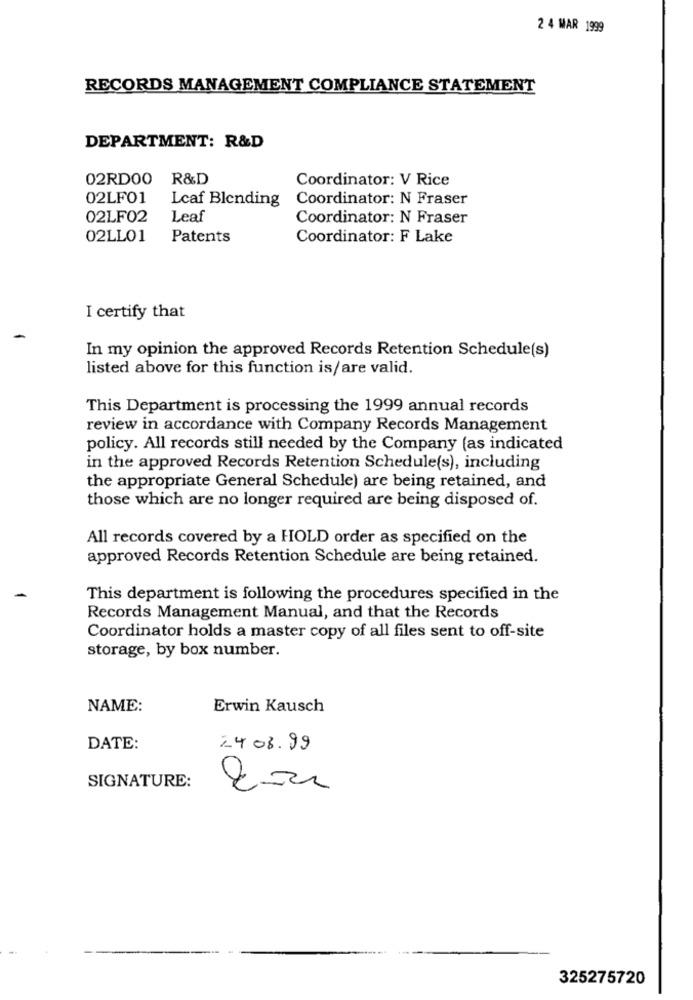
2 4 MAR 1999
RECORDS MANAGEMENT COMPLIANCE STATEMENT
DEPARTMENT: R&D
02RD00
R&D
Coordinator: V Rice
02LFO1
Leaf Blending
Coordinator: N Fraser
02LF02
Leaf
Coordinator: N Fraser
02LLO1
Patents
Coordinator: F Lake
I certify that
In my opinion the approved Records Retention Schedule(s)
listed above for this function is/are valid.
This Department is processing the 1999 annual records
review in accordance with Company Records Management
policy. All records still needed by the Company (as indicated
in the approved Records Retention Schedule(s), including
the appropriate General Schedule) are being retained, and
those which are no longer required are being disposed of.
All records covered by a HOLD order as specified on the
approved Records Retention Schedule are being retained.
This department is following the procedures specified in the
Records Management Manual, and that the Records
Coordinator holds a master copy of all files sent to off-site
storage, by box number.
NAME:
Erwin Kausch
DATE:
2408.99
SIGNATURE:
325275720